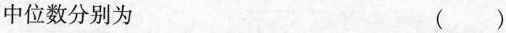
中位数分别为()